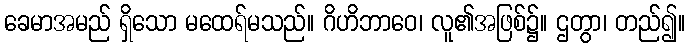
ခေမာအမည် ရှိသော မထေရ်မသည်။ ဂိဟိဘာဝေ၊ လူ၏အဖြစ်၌။ ဌတွာ၊ တည်၍။